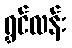
ရွှင်လန်း